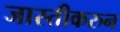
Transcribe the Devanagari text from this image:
जास्तीकरुन